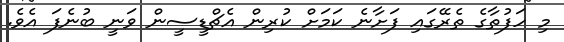
މި ހަފުތާގެ ތެރޭގައި ފަށާނެ ކަމަށް ކުރިން އެޗްޑީސީން ވަނީ ބުނެފަ އެވެ.